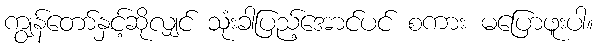
ကျွန်တော်နှင့်ဆိုလျှင် သုံးခါပြည့်အောင်ပင် စကား မပြောဖူးပါ။